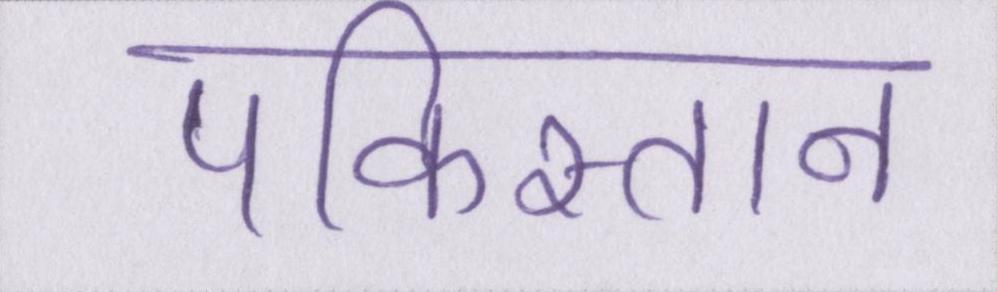
पकिस्तान